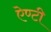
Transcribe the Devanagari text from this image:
ऐण्टी